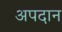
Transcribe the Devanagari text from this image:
अपदान